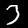
Digit: 3